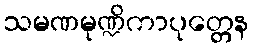
သမဏမုဏ္ဍိကာပုတ္တေန